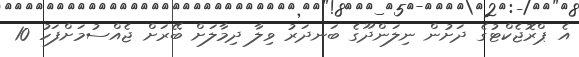
އެ ޕްރޮޖެކްޓުގެ ދަށުން ނިލަންދޫގެ ބަނދަރު ވިލާ ދިމާލަށް ބޭރަށް ޖެއްސުމަށްފަހު 10